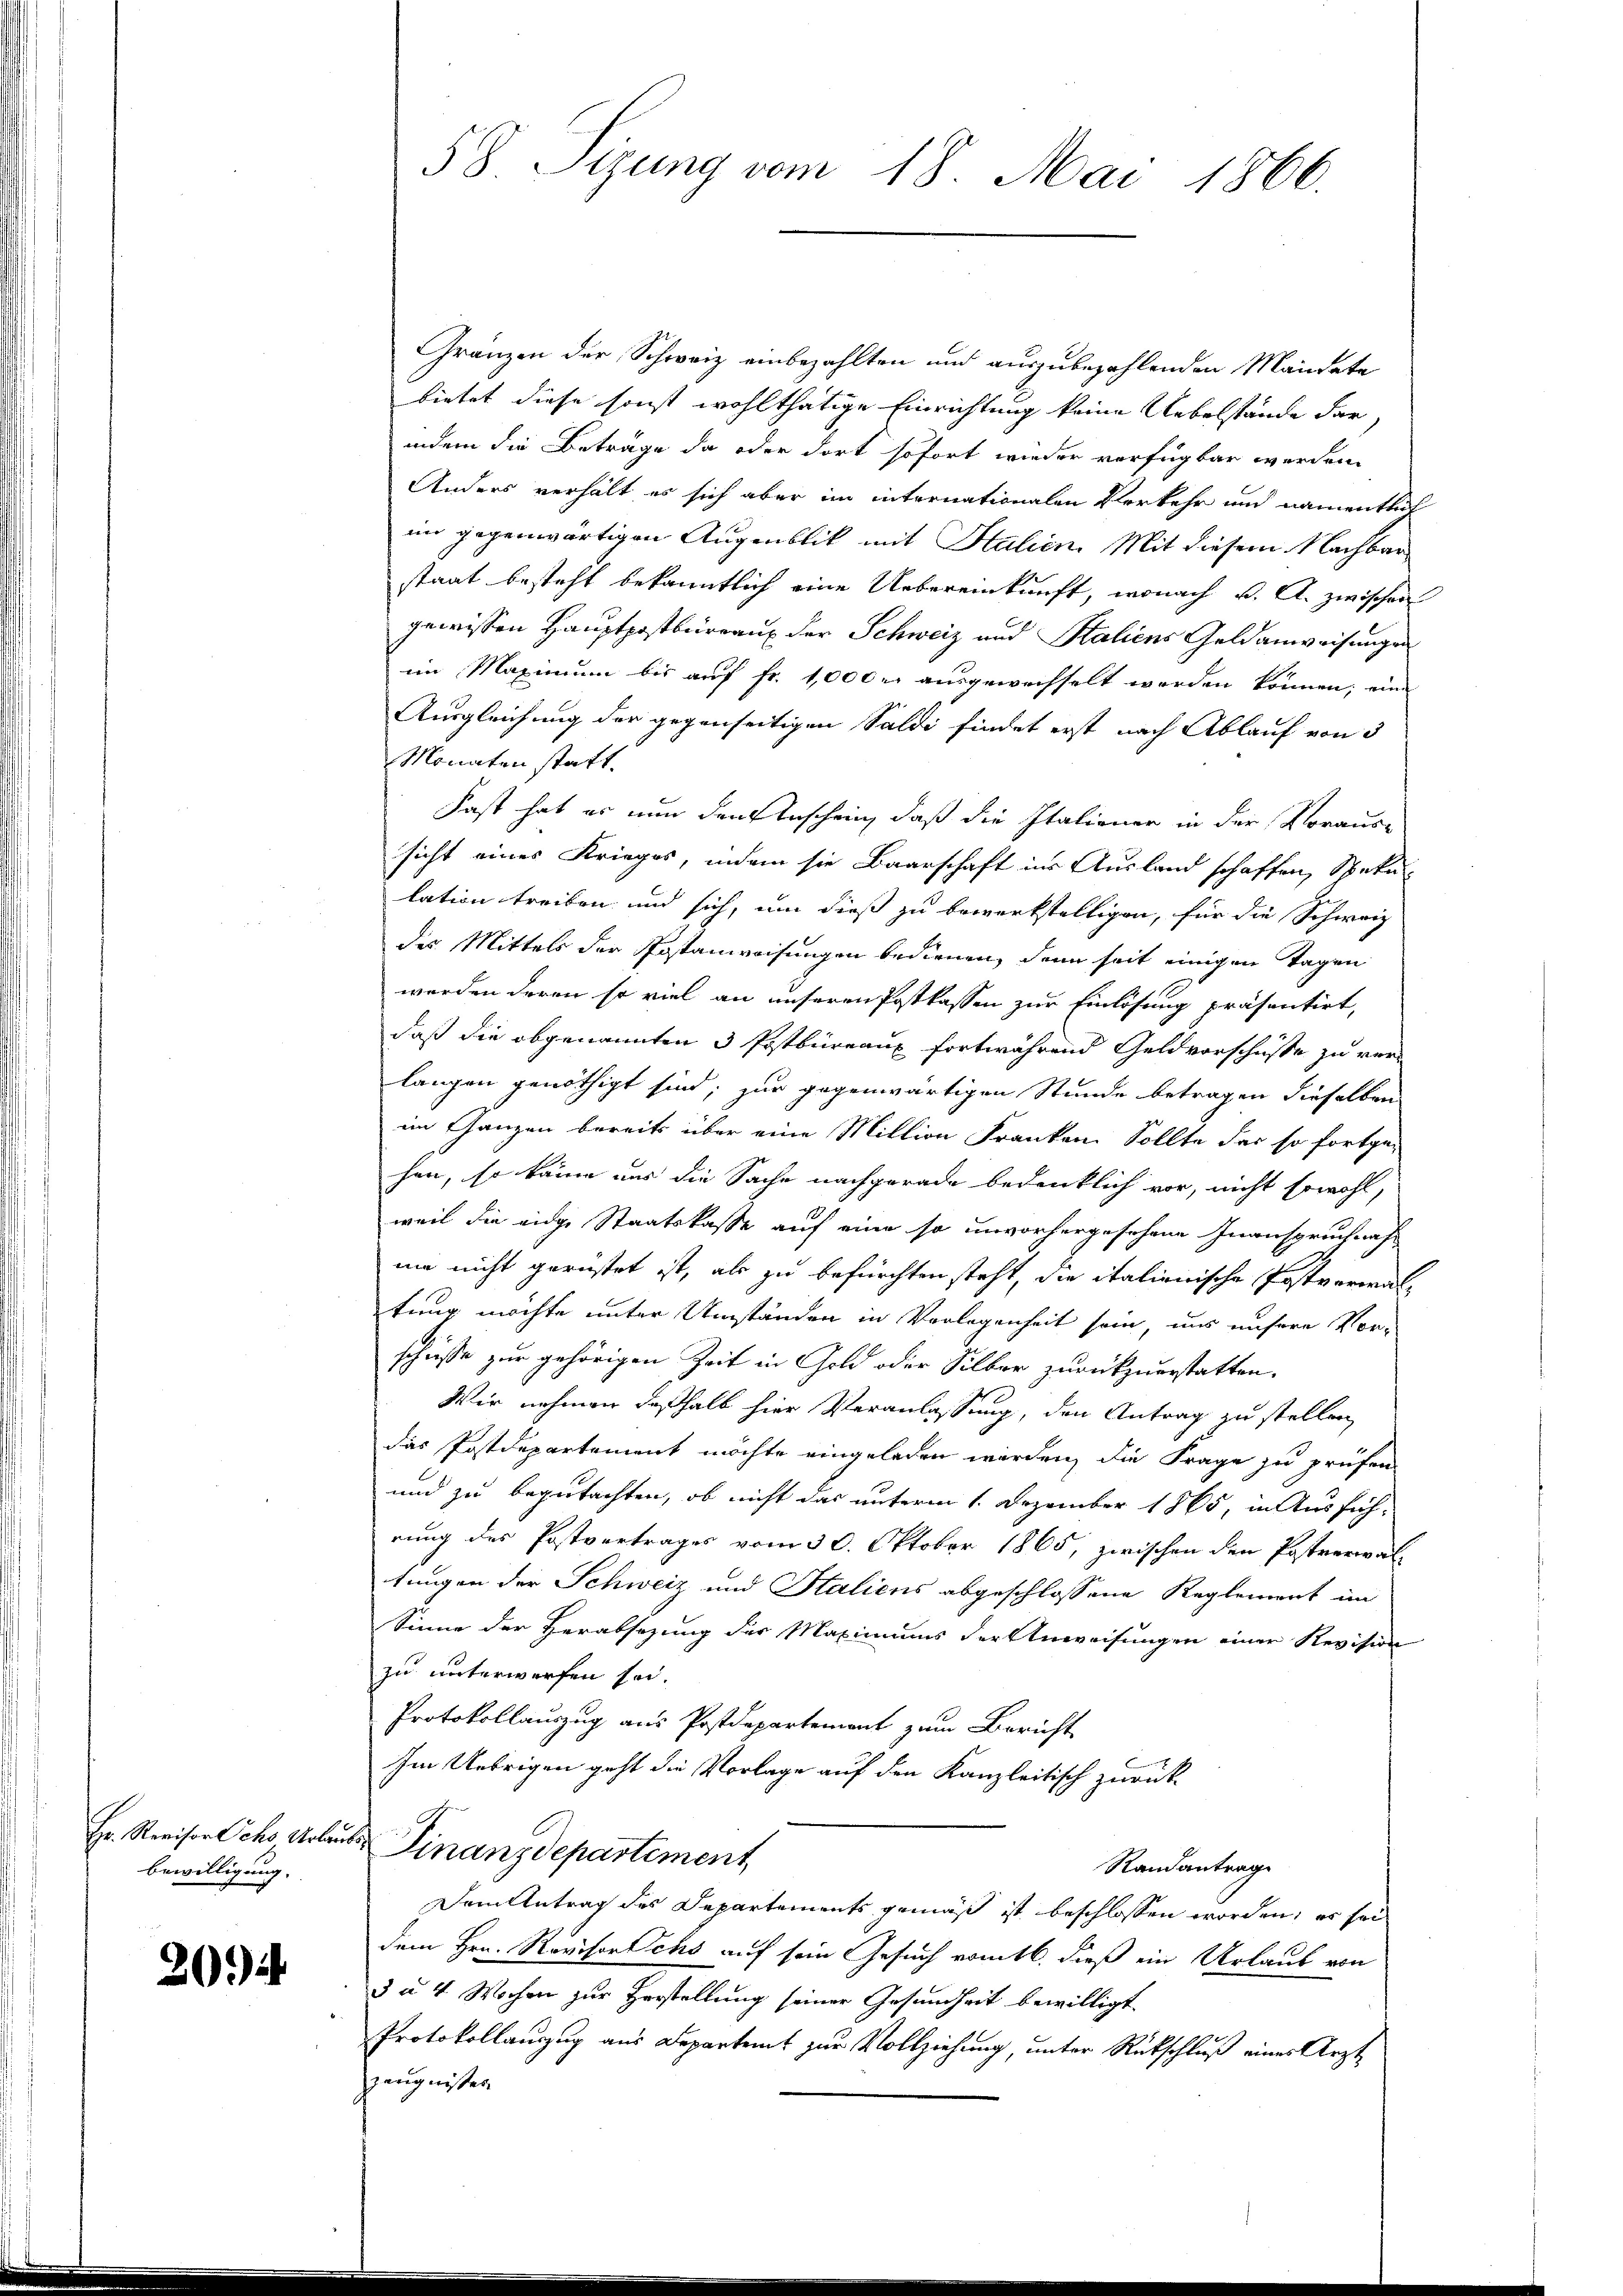
Hr. Revisor Ochs, Urlau
bewilligung.

20)

58 Sizung vom 18. Mai 1866.

Gränzen der Schweiz einbezahlten und auszubezahlenden Mandate
bietet diese sonst wohlthätige Einrichtung keine Uebelstände darindem die Beträge da oder dort sofort wieder vorfügbar werden.
Anders verhält es sich aber im internationalen Verkehr und namentlich
im gegenwärtigen Augenblik mit Halien. Mit diesem Nachbar
staat besteht bekanntlich eine Uebereinkunft, wonach v. A. zwischen
gewissen Hauptpostbüreaux der Schweiz und Staliens Geldanweisungen
im Maximum bis auf fr. 1000 r. ausgewechselt werden können; eine
Ausgleichung der gegenseitigen Saldi findet erst nach Ablauf von 5
Monaten statt.
Fast hat es nun den Anschein, daß die Italiener in der Voraus-
sicht eines Krieges, indem sie Baarschaft ins Ausland schaffen, Speku-
lation treiben und sich, um dieß zu bewerkstelligen, für die Schweiz
des Mittels der Postanweisungen bedienen, denn seit einigen Tagen
werden deren so viel an unseren Postkassen zur Einlösung präsentirt,
daß die obgenannten 3 Postbüreaux fortwährend Geldvorschüsse zu verlangen genöthigt sind; zur gegenwärtigen Stunde betragen dieselben
im Ganzen bereits über eine Million Franken Sollte das so fortge-
hen, so kann uns die Sache nachgerade bedenklich vor, nicht sowohl,
weil die eidge Staatskasse auf eine so unvorhergesehene Inanspruchnah
mi nicht gerüstet ist, als zu befürchten steht, die italienische Postverwaltung möchte unter Umständen in Vorlegenheit sein, uns unsere Vor-
schüsse zur gehörigen Zeit in Gold oder Silber zurückzuerstatten.
Wir nehmen deßhalb hier Veranlassung, den Antrag zu stellen,
das Postdepartement möchte eingeladen werden, die Frage zu prüfen
und zu begutachten, ob nicht das unterm 1. Dezember 1865, in Ausführung des Postvertrages vom 30. Oktober 1865, zwischen den Postverwal
tungen der Schweiz und Staliens abgeschlossene Reglement im
Sinne der Verabsezung der Maximums der Anweisungen einer Revision
zu unterworfen sei.
Protokollauszug aus Postdepartement zum Bericht
Im Uebrigen geht die Vorlage auf den Kanzleitisch zurück¬
 Finanzdepartement
Randantrag
Dem Antrag des Departements gemäß ist beschlossen worden; es sei
dem Hrn. Rovisorchs auf sein Gesuch vom 16. dieß ein Urlaub von
3 à 4 Wochen zur Herstellung seiner Gesundheit bewilligt
Protokollauszug aus Departent zur Vollziehung, unter Rückschluß eines Arzt
Zeugnisses